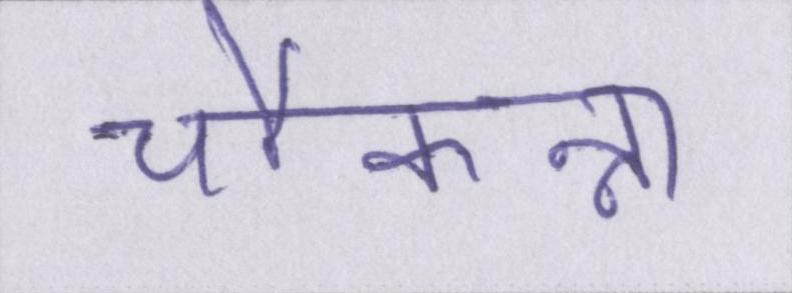
चौकन्ना